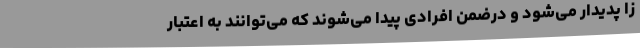
زا پدیدار می‌شود و درضمن افرادی پیدا می‌شوند که می‌توانند به اعتبار